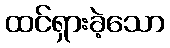
ထင်ရှားခဲ့သော